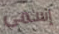
إسمى